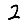
Digit: 2